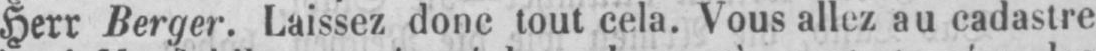
Herr Berger. Laissez donc tout cela. Vous allez au cadastre